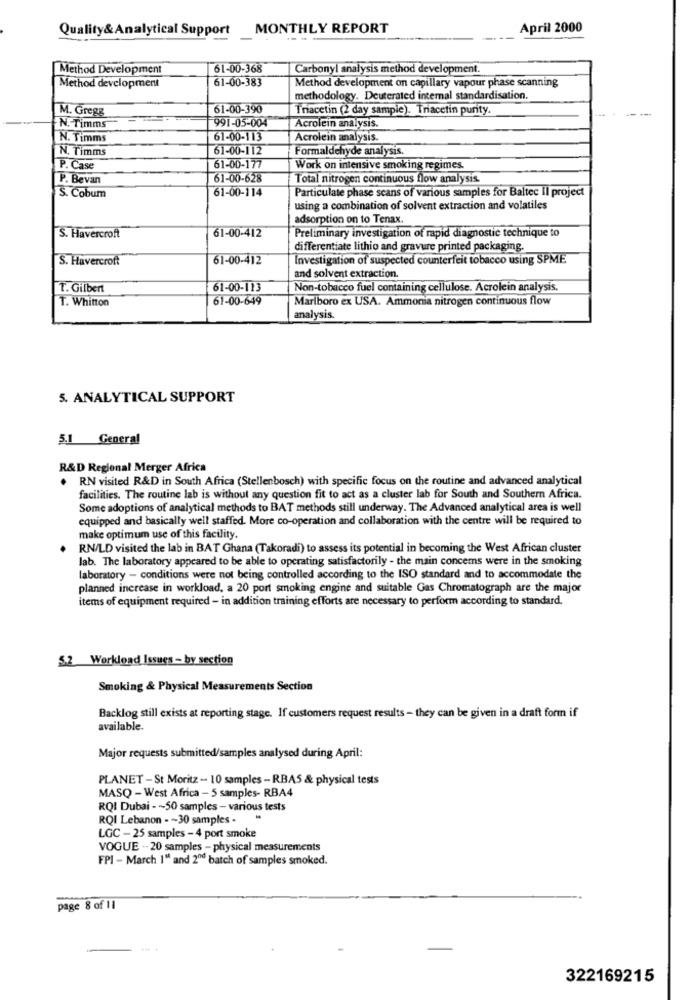
Quality& Analytical Support
MONTHLY REPORT
April 2000
Method Development
61-00-368
Carbonyl analysis method development.
61-00-383
Method development on capillary vapour phase scanning
Method development
methodology. Deuterated internal standardisation.
M. Gregg
61-00-390
Tracetin (2 day sample). Triacetin purity.
991-05-004
N. Timms
Acrolein analysis.
N. Timms
61-00-113
Acrolein analysis.
N. Timms
61-00-112
Formaldehyde analysis.
P. Case
61-00-177
Work on intensive smoking regimes.
P. Bevan
61-00-628
Total nitrogen continuous flow analysis.
61-00-114
Particulate phase scans of various samples for Baltec Il project
S. Cobum
using a combination of solvent extraction and volatiles
adsorption on to Tenax.
61-00-412
Preliminary investigation of rapid diagnostic technique to
S. Havercroft
differentiate lithio and gravure printed packaging.
S. Havercroft
61-00-412
Investigation of suspected counterfeit tobacco using SPME
and solvent extraction.
T. Gilbert
61-00-113
Non-tobacco fuel containing cellulose. Acrolein analysis.
T. Whitton
61-00-649
Marlboro ex USA. Ammonia nitrogen continuous flow
analysis.
5. ANALYTICAL SUPPORT
5.1 General
R&D Regional Merger Africa
. RN visited R&D in South Africa (Stellenbosch) with specific focus on the routine and advanced analytical
facilities. The routine lab is without any question fit to act as a cluster lab for South and Southern Africa.
Some adoptions of analytical methods to BAT methods still underway. The Advanced analytical area is well
equipped and basically well staffed. More co-operation and collaboration with the centre will be required to
make optimum use of this facility.
RN/LD visited the lab in BAT Ghana (Takoradi) to assess its potential in becoming the West African cluster
lab. The laboratory appeared to be able to operating satisfactorily - the main concerns were in the smoking
laboratory - conditions were not being controlled according to the ISO standard and to accommodate the
planned increase in workload, a 20 port smoking engine and suitable Gas Chromatograph are the major
items of equipment required - in addition training efforts are necessary to perform according to standard.
5.2 Workload Issues - by section
Smoking & Physical Measurements Section
Backlog still exists at reporting stage. If customers request results - they can be given in a draft form if
available.
Major requests submitted/samples analysed during April:
PLANET -St Moritz - 10 samples - RBA5 & physical tests
MASQ - West Africa - 5 samples- RBA4
RQI Dubai - ~ 50 samples - various tests
RQI Lebanon - - 30 samples -
LGC - 25 samples - 4 port smoke
VOGUE -- 20 samples - physical measurements
FPI - March 1" and 20d batch of samples smoked.
page 8 of 11
322169215